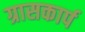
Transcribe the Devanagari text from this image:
ग्रासकार्प